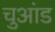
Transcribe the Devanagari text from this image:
चुआंड